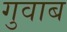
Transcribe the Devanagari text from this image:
गुवाब